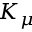
K _ { \mu }